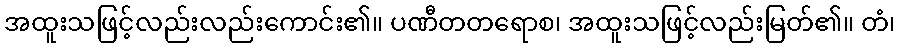
အထူးသဖြင့်လည်းလည်းကောင်း၏။ ပဏီတတရောစ၊ အထူးသဖြင့်လည်းမြတ်၏။ တံ၊